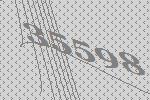
35598